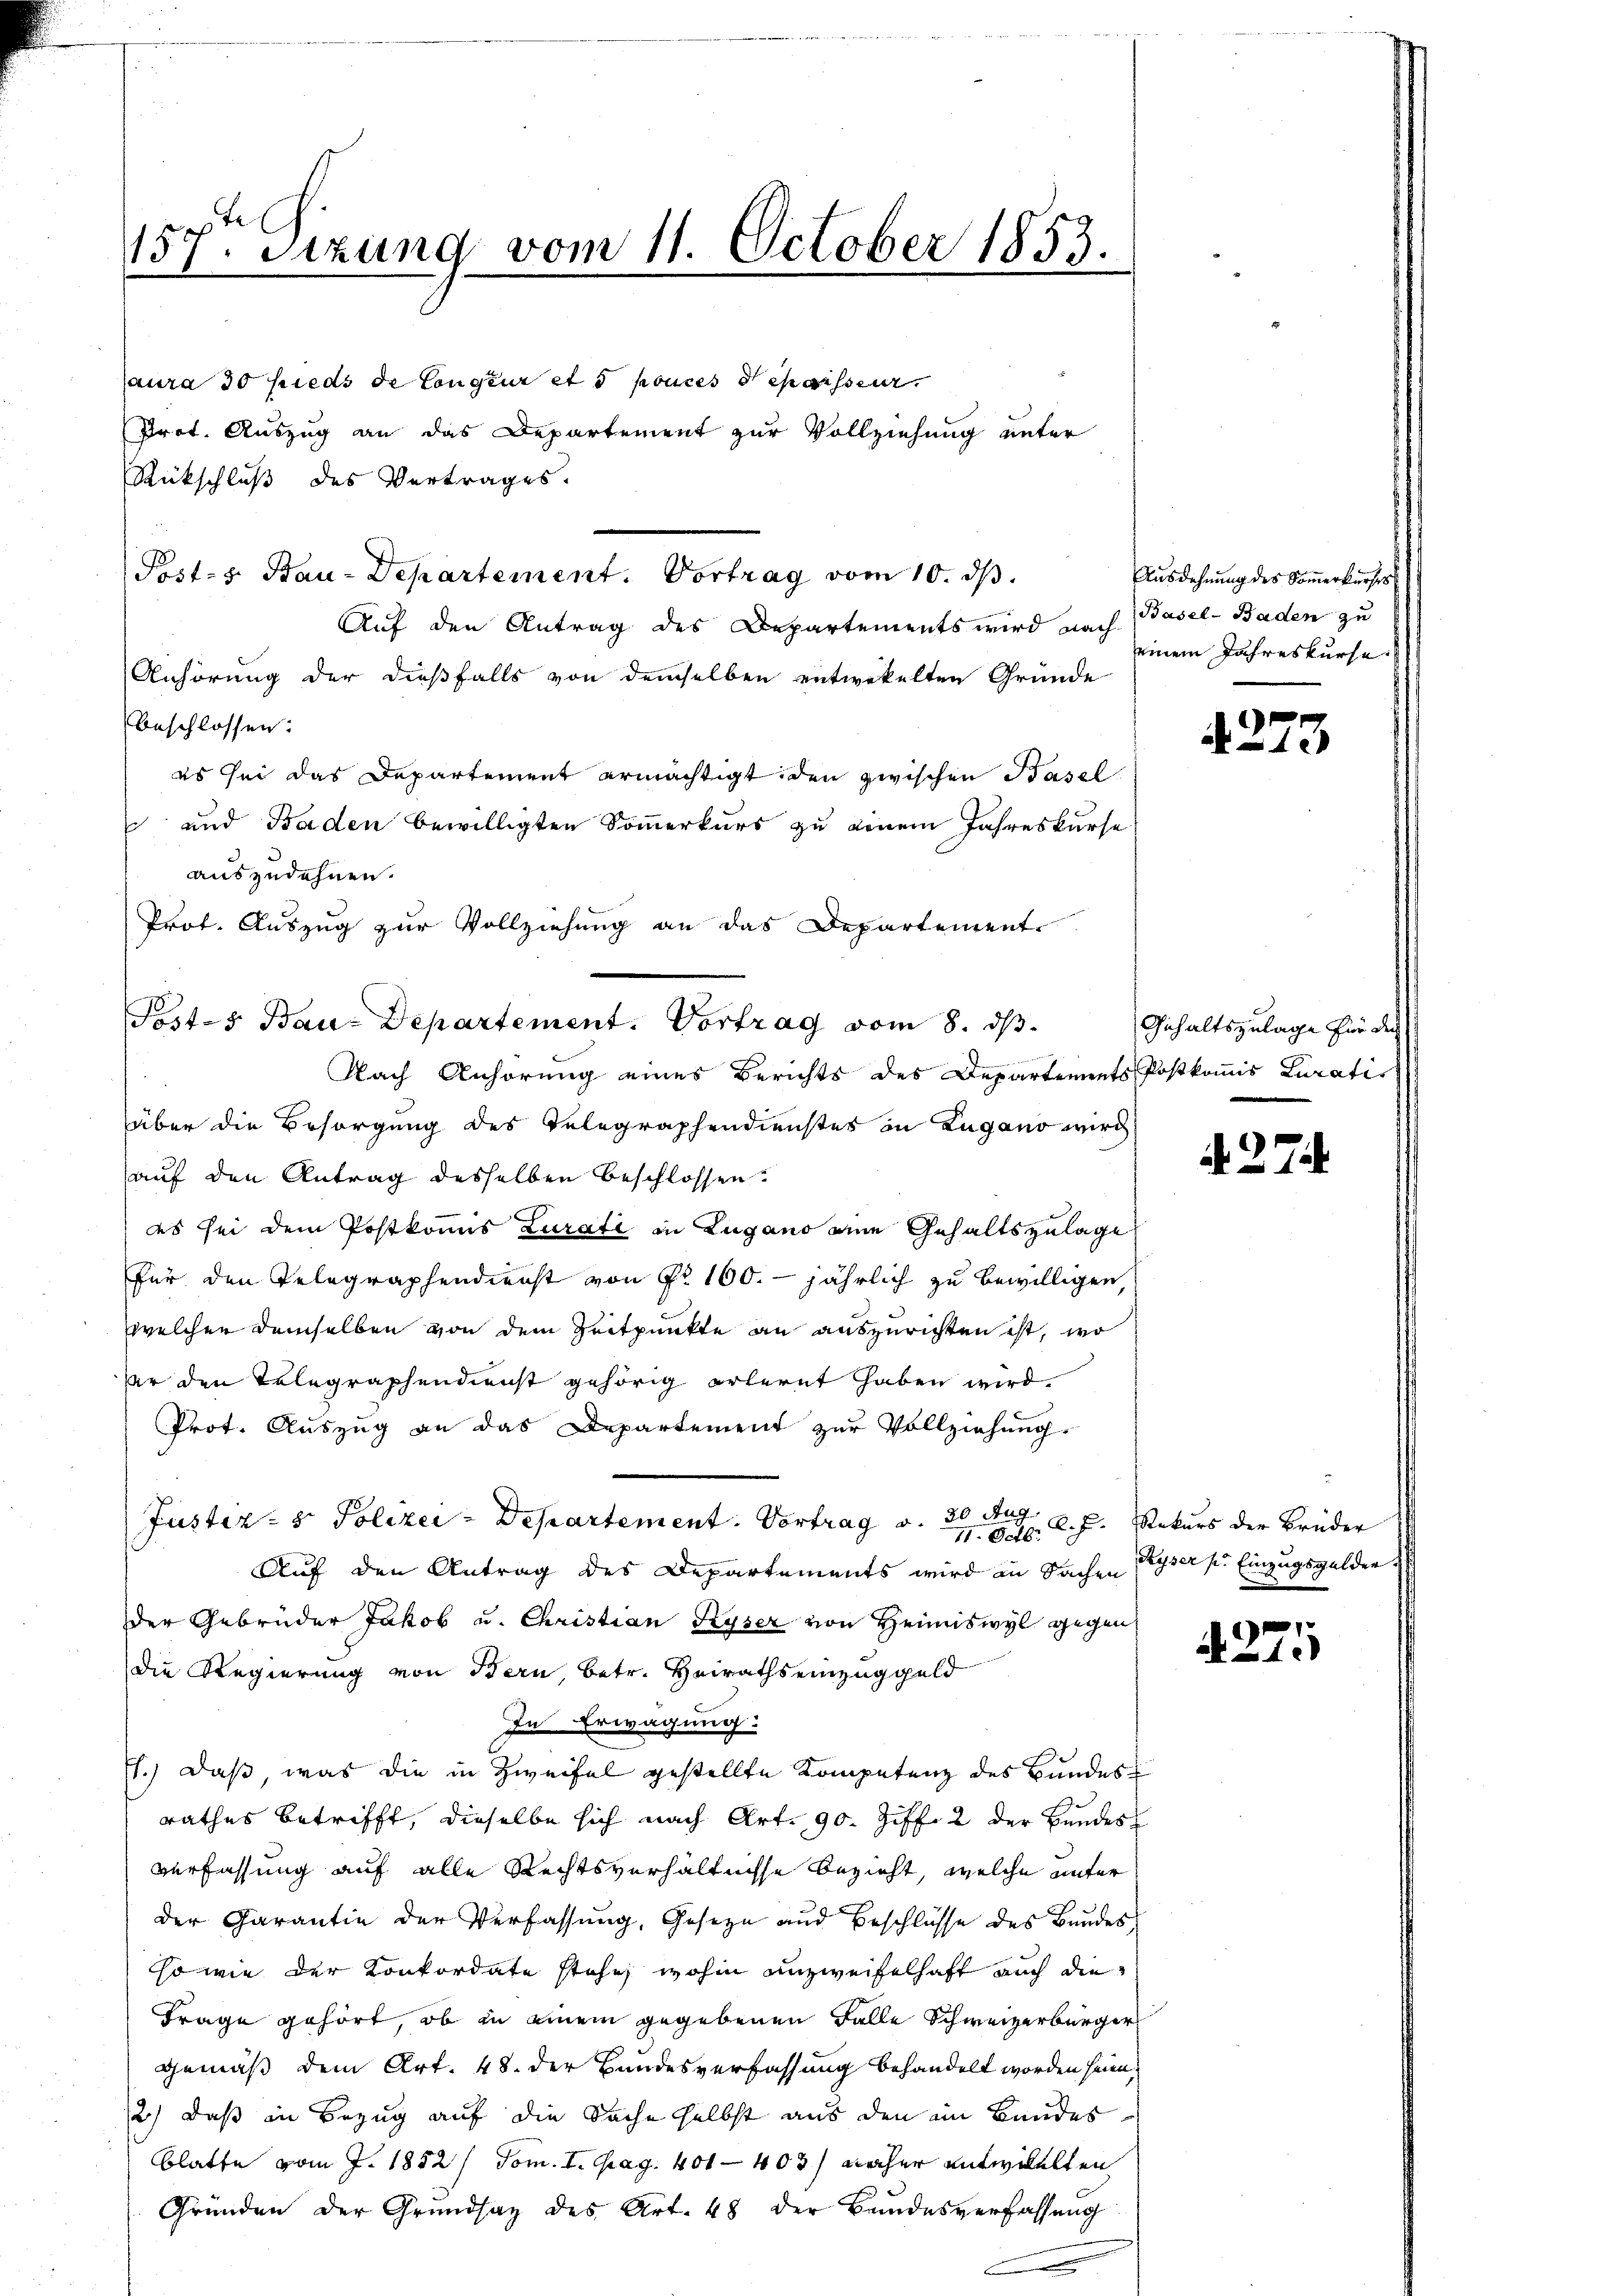
157. Sizung vom 11. October 1853.

aura 30 hieds de Congeur et pouces depuisser
Prot. Auszug an das Departement zur Vollziehung unter
Rückschluß des Vertrages.
Posts Bau-Departement. Vortrag vom 10. ds.
Auf den Antrag des Departements wird nach
Anhörung der dießfalls von demselben entwekelten Gründe
beschlossen:
es sei das Departement ermächtigt, den zwischen Basel
 und Baden bewilligten Sommerkurs zu genem Jahreskurse
auszudehnen.
Prot. Auszug zur Vollziehung an das Departement.
Posts Bau-Departement. Vortrag vom 8. ds.

Nach Anhörung eines Berichts des Departements Postkomis Luratis
über die Besorgung des Telegraphendienstes in Zugano wird
auf den Antrag desselben beschlossen.
es sei dem Postkomis Curati in Zugano eine Gehaltszulage
für den Telegraphendienst von pr 100. jährlich zu bewilligen,
welchen demselben von dem Zeitpunkte an auszurichten ist, wo
er den Telegraphendienst gehörig erlernt haben wird.
Prot. Auszug an das Departement zur Vollziehung.
Justiz- & Polizei-Departement. Vortrag v. 20 l. J. Rekurs der Brüder
Auf den Antrag des Departements wird in Sachen Kayser s. Einzugsgelder
der Gebrüder Jakob u. Christian Ryser von Heimiswyl gegen
die Regierung von Bern, betr. Heiraths einzuggeld
In Erwägung:
h.) Daß, was die in Zweifel gestellte Kompetenz des Bundesrathes betrifft, dieselbe sich nach Art. 90. Ziff. 2 der Bundes
Verfassung auf alle Rechtsverhältnisse bezieht, welche unter
der Garantie der Verfassung, Geseze und Beschlüsse des Bundesso wie der Konkordate stehe, wohin unzweifelhaft auch die
Frage gehört, ob in einem gegebenen Falle Schweizerbürger
gemäß dem Art. 48. der Bundesverfassung behandelt worden seien,
2) daß in Bezug auf die Sache selbst aus den im Bandes
Blatte vom J. 1852 / Tom. I. pag. 401—403) macher entwillten
Gründen der Grundsaz des Art. 48 der Bundesverfassŭng

Ausdehnung des Sommerkurses
Basel- Baden zu
einem Jahreskurse.

)
x

Gehaltszulage für den

A. 2.

271